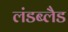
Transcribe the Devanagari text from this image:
लंडब्लैड